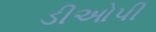
ડીઓપી